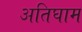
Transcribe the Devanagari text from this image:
अतिघाम